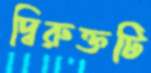
দ্বিরুক্তটি